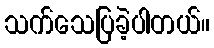
သက်သေပြခဲ့ပါတယ်။